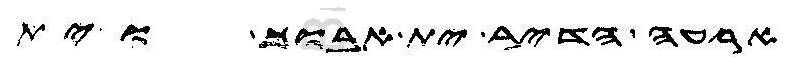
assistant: ארעה הדיר ית אבוך וית